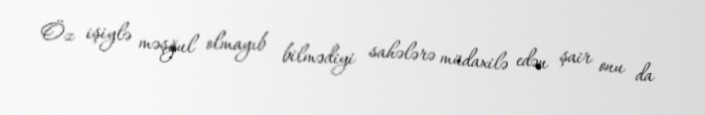
Öz işiylə məşğul olmayıb bilmədiyi sahələrə müdaxilə edən şair onu da